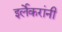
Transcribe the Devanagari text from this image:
इर्लेकरांनी